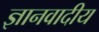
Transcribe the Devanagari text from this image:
ज्ञानवादीय